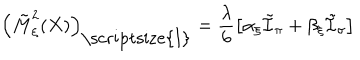
LaTeX: \left( \tilde { M } _ { \xi } ^ { 2 } ( X ) \right) _ { \mathrm { \scriptsize { I } } } = \frac { \lambda } { 6 } \left[ \alpha _ { \xi } \tilde { \cal I } _ { \pi } + \beta _ { \xi } \tilde { \cal I } _ { \sigma } \right]